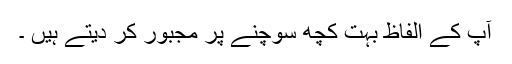
آپ کے الفاظ بہت کچھ سوچنے پر مجبور کر دیتے ہیں ۔